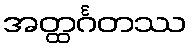
အတ္ထင်္ဂတဿ